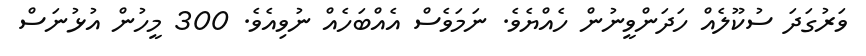
ވަރުގަދަ ސުކޫލެއް ހަދަންވީނުން ހެއްޔެވެ. ނަމަވެސް އެއްބަހެއް ނުވިއެވެ. 300 މީހުން އުޅުނަސް